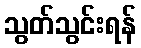
သွတ်သွင်းရန်